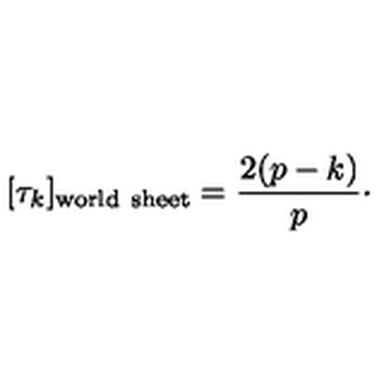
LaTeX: [ \tau _ { k } ] _ { \mathrm { w o r l d \ s h e e t } } = { \frac { 2 ( p - k ) } { p } } \cdotp